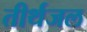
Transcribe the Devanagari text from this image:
तीर्थजल